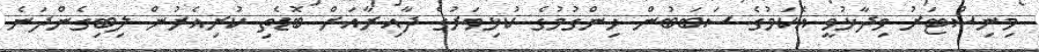
މިނިސްޓަރު ވިދާޅުވީ އެކަމުގެ ސަބަބުން ހިންގުމުގެ ކުޅިވަރުގެ ދާއިރާއަށް ބޮޑެތި ކުރިއެރުން ލިބިގެންދަނެ